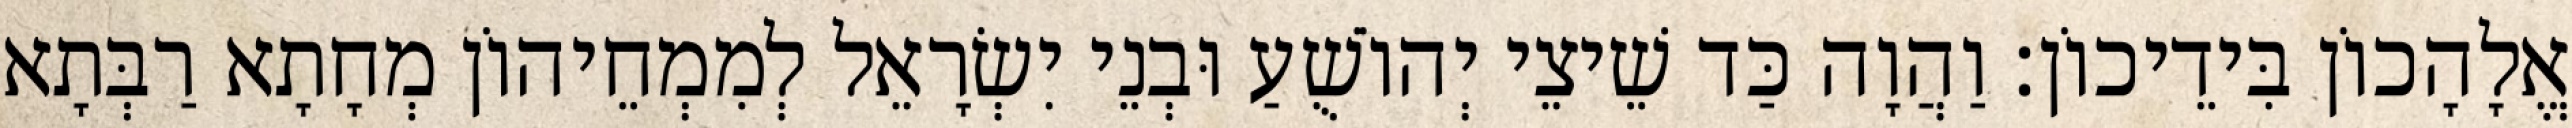
אֱלָהָכוֹן בִּידֵיכוֹן׃ וַהֲוָה כַּד שֵׁיצֵי יְהוֹשֻׁעַ וּבְנֵי יִשְׂרָאֵל לְמִמְחֵיהוֹן מְחָתָא רַבְּתָא